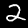
Label: 2